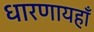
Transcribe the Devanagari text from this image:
धारणायहाँ